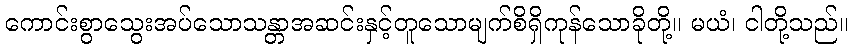
ကောင်းစွာသွေးအပ်သောသန္တာအဆင်းနှင့်တူသောမျက်စိရှိကုန်သောခိုတို့။ မယံ၊ ငါတို့သည်။